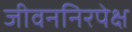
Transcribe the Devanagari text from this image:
जीवननिरपेक्ष